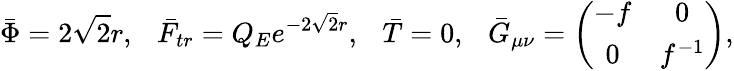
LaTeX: \bar{\Phi}=2\sqrt 2r,~~~\bar{F}_{tr}=Q_{E}e^{-2\sqrt 2r},~~~\bar{T}=0,{}~~~\bar{G}_{\mu\nu}=\left(\begin{array}{cc}{{-f}}&{{0}}\\ {{0}}&{{f^{-1}}}\end{array}\right),